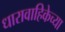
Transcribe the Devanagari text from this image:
धारावाहिकेच्या